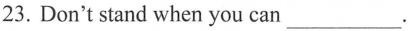
23.Don't stand when you can___.